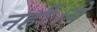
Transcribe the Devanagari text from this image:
नहीं।ये